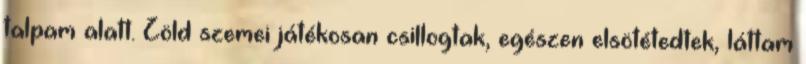
talpam alatt. Zöld szemei játékosan csillogtak, egészen elsötétedtek, láttam